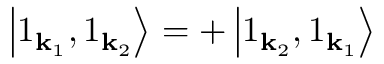
\left| 1 _ { \mathbf { k } _ { 1 } } , 1 _ { \mathbf { k } _ { 2 } } \right\rangle = + \left| 1 _ { \mathbf { k } _ { 2 } } , 1 _ { \mathbf { k } _ { 1 } } \right\rangle